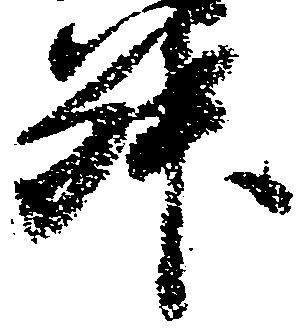
升